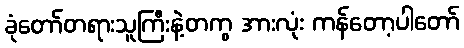
ခုံတော်တရားသူကြီးနဲ့တကွ အားလုံး ကန်တော့ပါတော်